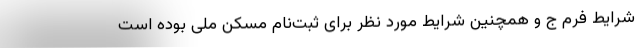
شرایط فرم ج و همچنین شرایط مورد نظر برای ثبت‌نام مسکن ملی بوده است